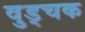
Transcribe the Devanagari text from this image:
वुड्चक